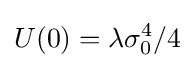
U(0)=\lambda \sigma _{0}^{4}/4